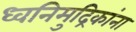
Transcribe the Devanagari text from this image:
ध्वनिमुद्रिकांना